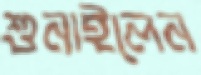
শুনাইলেন